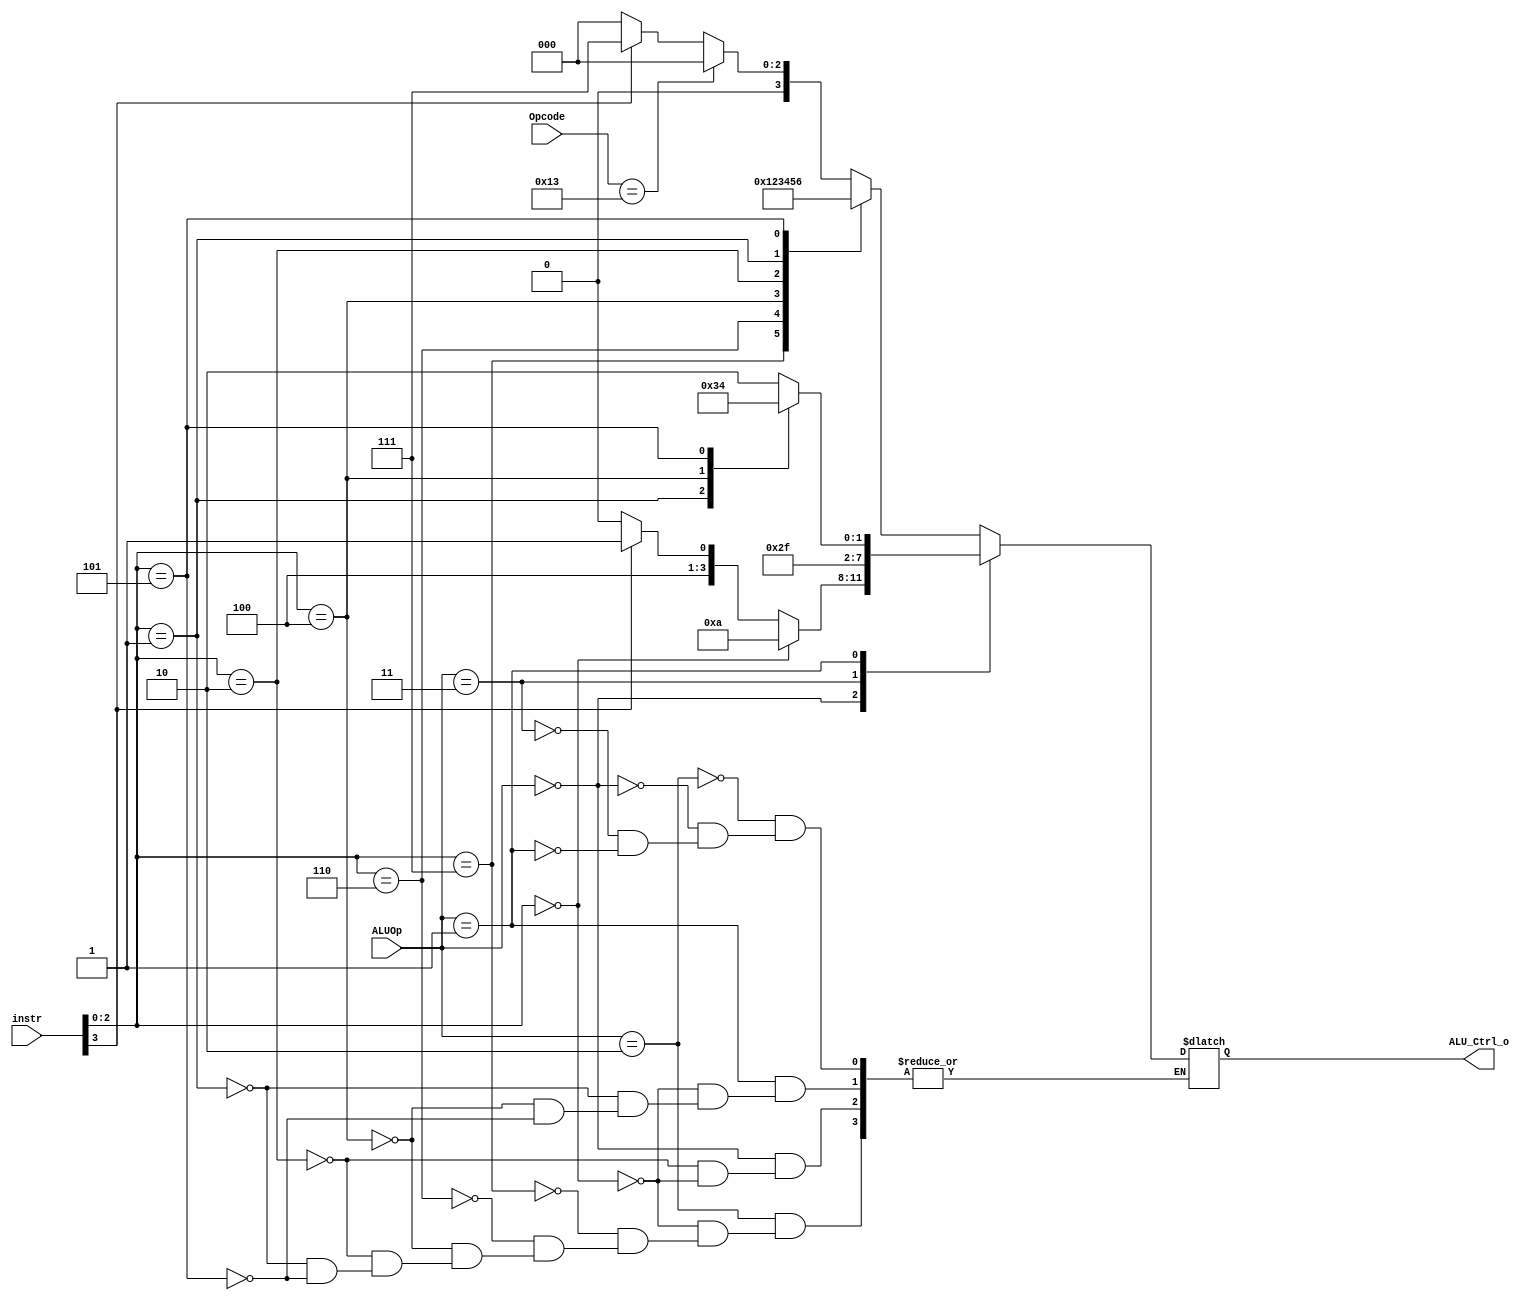
/***************************************************
Student Name: Ia 
Student ID: 0716241 0816137
***************************************************/

`timescale 1ns/1ps

module ALU_Ctrl(
	input	[4-1:0]	instr,
	input	[2-1:0]	ALUOp,
	input [6:0]		Opcode,
	output	[4-1:0] ALU_Ctrl_o
	);
	
/* Write your code HERE */
reg [4-1:0]temp;
assign ALU_Ctrl_o=temp;
always@(*)
begin
	case (ALUOp)//according to chap4-part1.pdf
		2'b10://r-type i-type
			case(instr[2:0])
				3'b000:begin 
					if(Opcode==7'b0010011)
						temp<=4'b0000;//addi 
					else if(instr[3]==1'b0)
						temp<=4'b0000;//add 
					else
						temp<=4'b0111;//sub
				end
				3'b111:temp<=4'b0001;//and andi
				3'b110:temp<=4'b0010;//or  ori
				3'b100:temp<=4'b0011;//xor xori
				3'b010:temp<=4'b0100;//slt slti
				3'b001:temp<=4'b0101;//sll slli
				3'b101:temp<=4'b0110;//sra srli
			endcase
		2'b00://lw sw
			case(instr[2:0])
				3'b010:begin 
					if(instr[3]==0)
						temp<=4'b1000;//lw 
					else
						temp<=4'b1001;//sw
				end
				3'b000:temp<=4'b1010;//jalr
			endcase
		2'b11:
				temp<=4'b1011;//jal
		2'b01://beq bne
			case(instr[2:0])
				3'b000:temp<=4'b1110;//beq
				3'b001:temp<=4'b1111;//bne
				3'b100:temp<=4'b1101;//blt
				3'b101:temp<=4'b1100;//bge
			endcase
		
	endcase
end			

endmodule